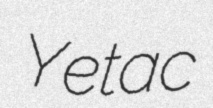
Yetac